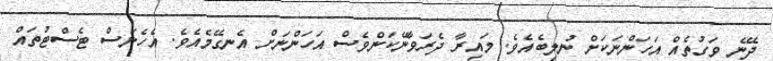
ދޭނެ ވަގުތެއް އަހަންނަކަށް ނުލިބެއެވެ. މައިރާ ދެރަވާނޭކަންވެސް އަހަންނަށް އެނގޭމެއެވެ. އެހެނަސް ޓެސްޓުތައް